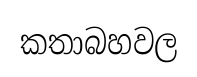
කතාබහවල